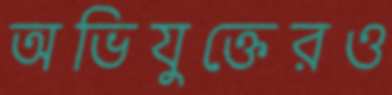
অভিযুক্তেরও